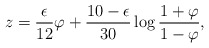
\begin{align*}z={\epsilon\over 12}\varphi + {10-\epsilon\over 30}\log{1+\varphi\over 1-\varphi},\end{align*}